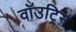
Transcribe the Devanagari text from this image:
वॉउट्रिन